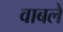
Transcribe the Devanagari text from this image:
वाबले